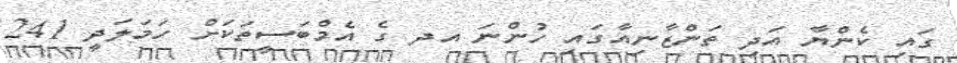
ގައި ކެންޔާ އަދި ތަންޒާނިއާގައި ހުންނަ އދ ގެ އެމްބަސީތަކަށް ހަމަލަދީ 241